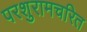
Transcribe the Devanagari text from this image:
परशुरामचरित